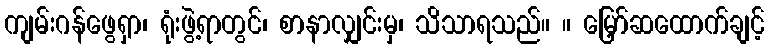
ကျမ်းဂန်ဖွေရှာ၊ ရုံးဖွဲ့ရာတွင်၊ စာနာလျှင်းမှ၊ သိသာရသည်။ ။ မြှော်ဆထောက်ချင့်